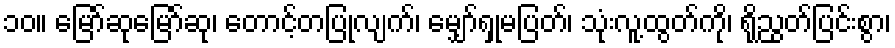
၁၀။ မြော်ဆုမြော်ဆု၊ တောင့်တပြုလျက်၊ မျှော်ရှုမပြတ်၊ သုံးလူ့ထွတ်ကို၊ ရိုညွတ်ပြင်းစွာ၊